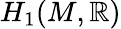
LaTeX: H_{1}(M,\mathbb{R})